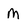
Character: M